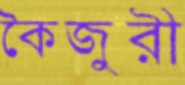
কৈজুরী